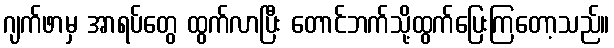
ဂျက်ဖာမှ အာရပ်တွေ ထွက်လာပြီး တောင်ဘက်သို့ထွက်ပြေးကြတော့သည်။